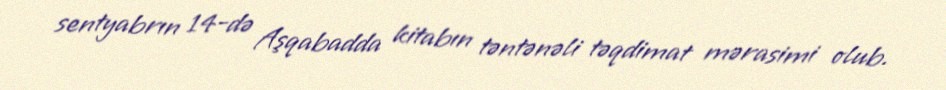
sentyabrın 14-də Aşqabadda kitabın təntənəli təqdimat mərasimi olub.